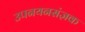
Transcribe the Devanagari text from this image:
उपनयनसंज्ञक